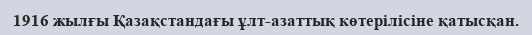
1916 жылғы Қазақстандағы ұлт-азаттық көтерілісіне қатысқан.